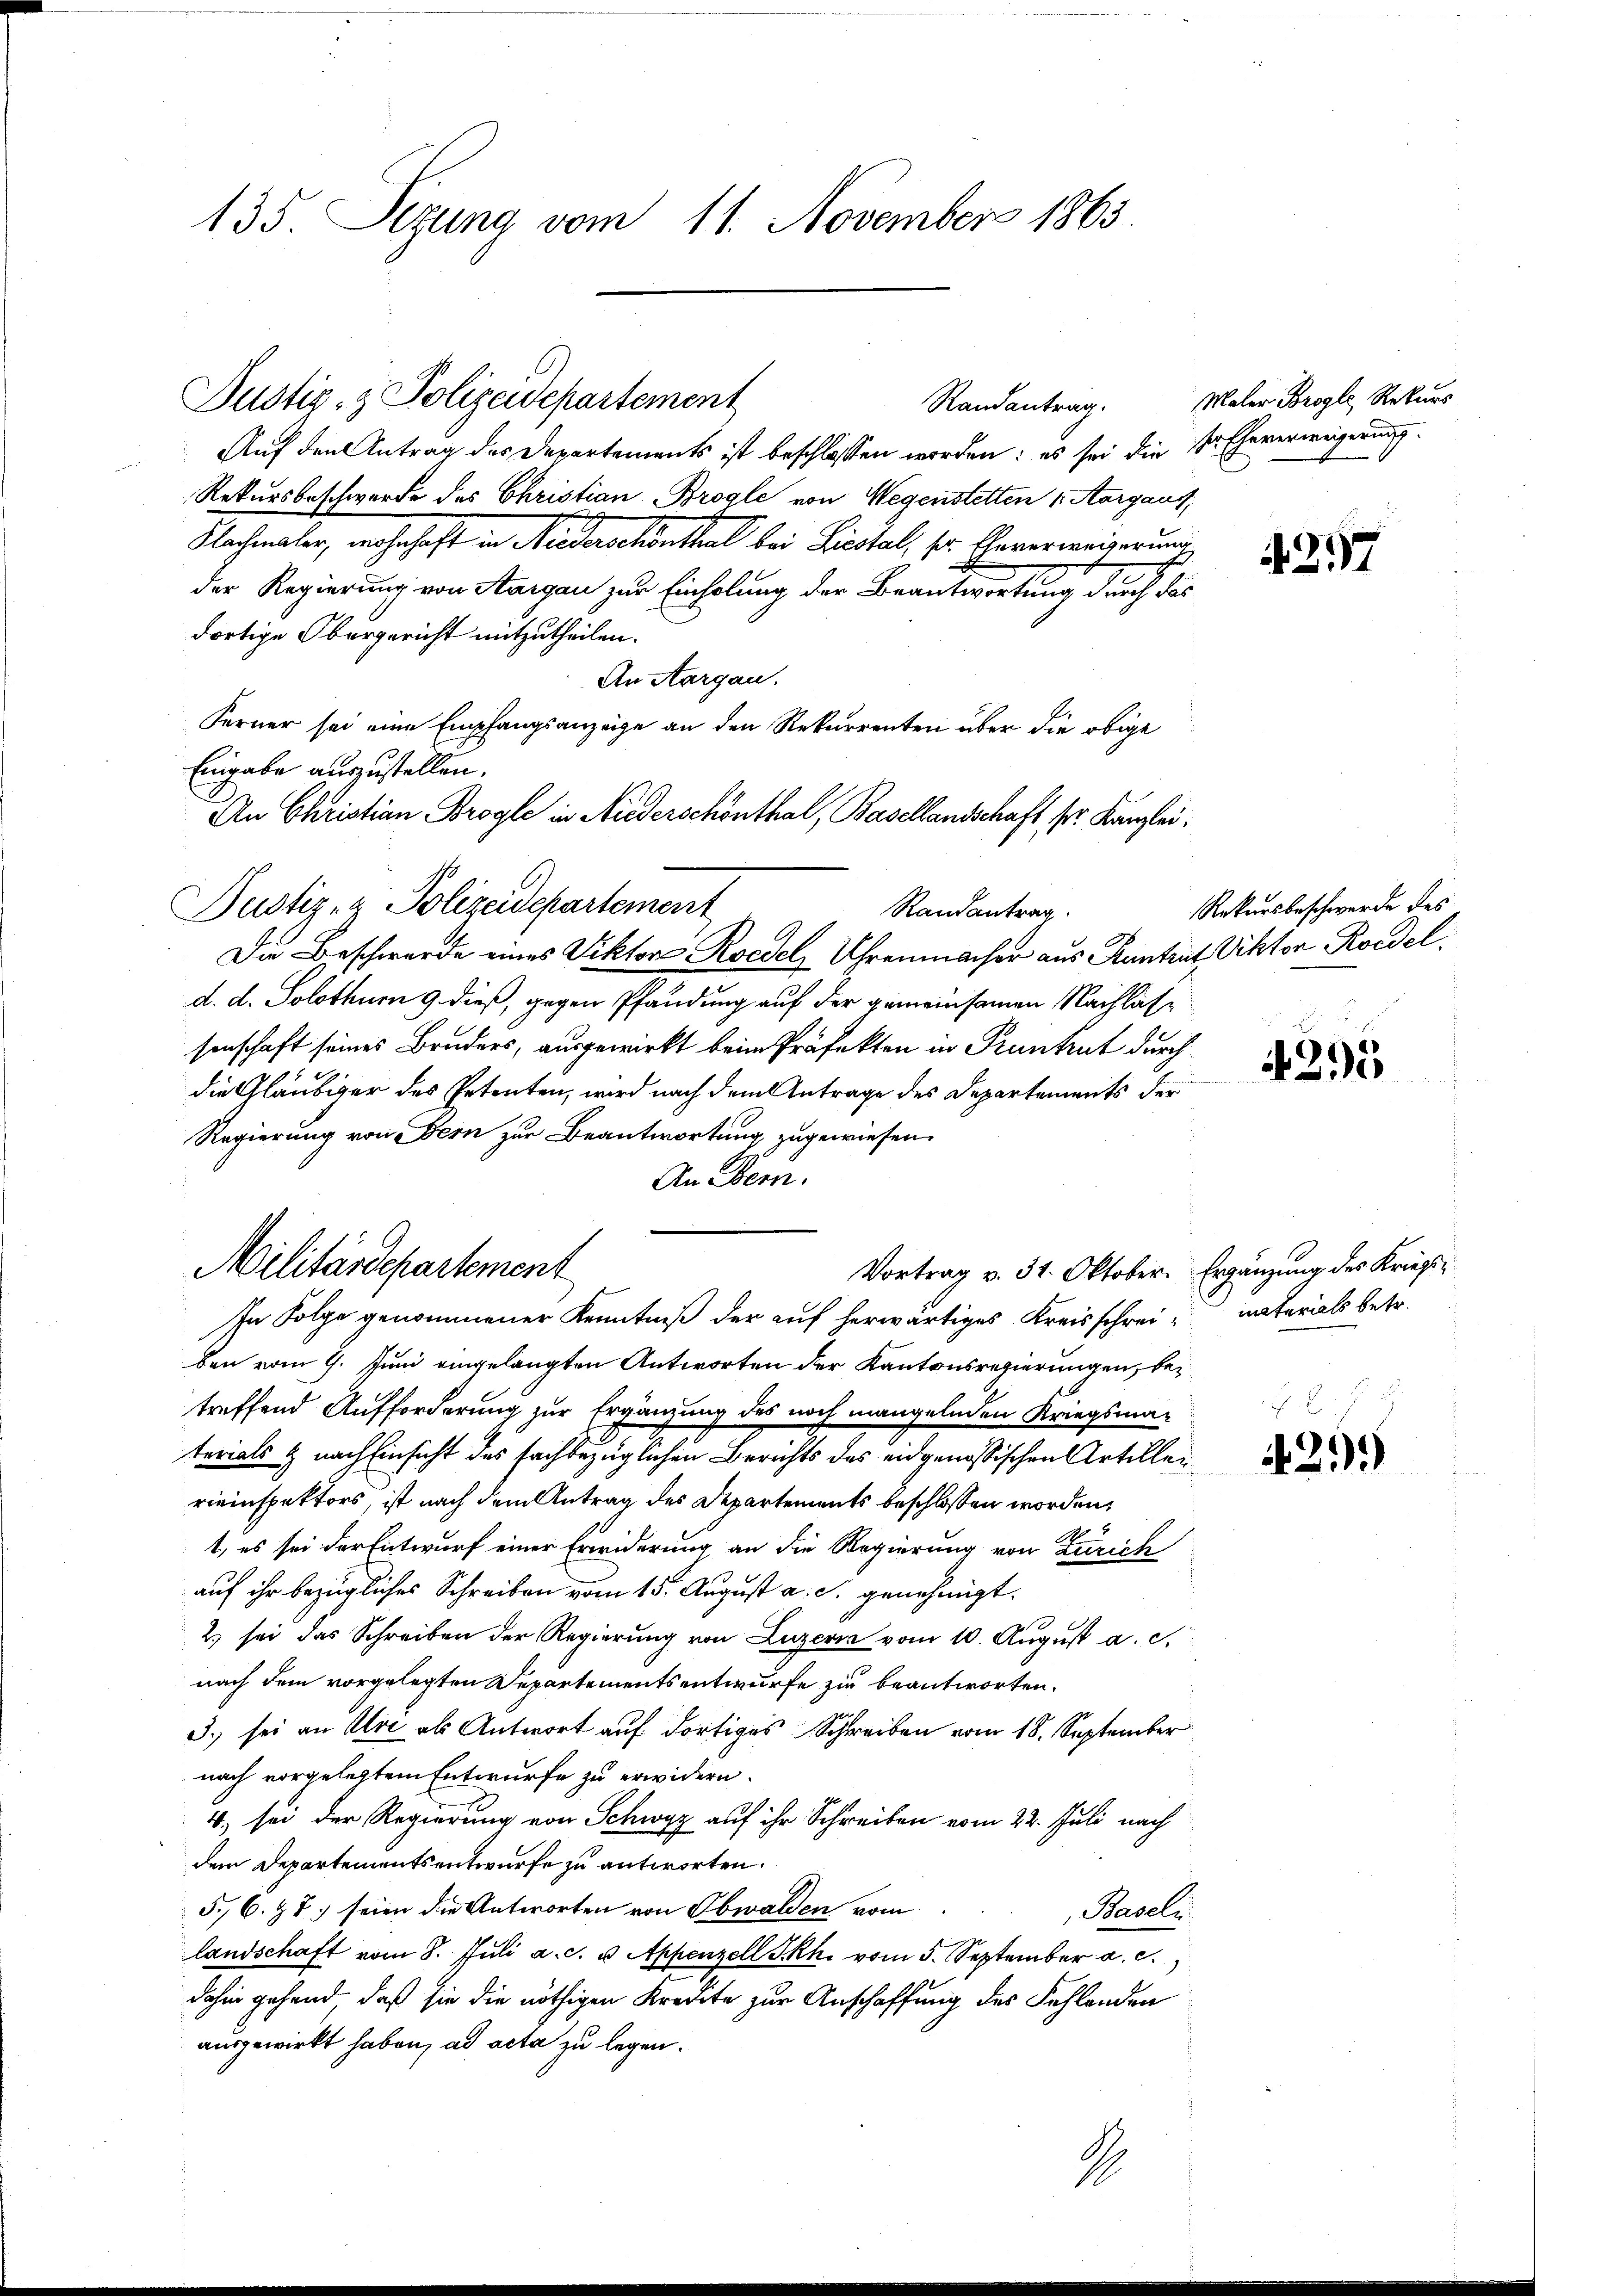
135. Setzung vom 11. November 1863.

Justiz- & Polizeidepartement
Randantrag.

Auf den Antrag der Departements ist beschlossen worden: es sei die Sr. Eheverweigerung
Rekursbeschwerde des Christian Brogle von Wegenstetten 1. Aargaus,
Nachmitter, nachschaft in Redankenthal bei Leistal, sr. Genermeinerung
der Regierung von Aargau zur Einholung der Brantwortung durch das
dortige Obergericht mitzutheilen.
An Aargau.
Ferner sei eine Empfangsanzeige an den Rekurrenten über die obige
Eingabe auszustellen.
An Christian Brogle in Niederschönthal, Basellandschaft, sr. Kanzlei.
Die Beschwerde eines Viktor Roedel Uhrenmacher aus Kantral Viktor Roidel.
d. d. Solothurn 9. dieß, gegen Pfandung auf der gemeinsamen Nachlässenschaft seines Bruders, ausgewirkt beim Präfekten in Pruntrut durch
die Gläubiger des Petenten, wird nach dem Antrage des Departements der
Regierung von Fern zur Beantwortung zugewiesen.
An Bern.
Vortrag v. 31. Oktober.
ben vom 9. Juni eingelangten Antworten der Kantonsregierungen, bei
treffend Aufforderung zur Ergänzung des noch mangelnden Kriegsma-
terials & nach Einsicht des fachbezüglichen Berichts des eidgenössischen Artillei
rieinspektors ist nach dem Antrag des Departements beschlossen worden,
t, es sei der Entwurf einer Erwiderung an die Regierung von Zürich
auf ihr bezügliches Schreiben vom 15. August a. c. genehmigt.
2) sei das Schreiben der Regierung von Luzern vom 10. August a. c.
nach dem vorgelegten Departementsentwurfe zu beantworten.
3.) sei an Art als Antwort auf dortiges Schreiben vom 18. September
nach vorgelegtem Entwurfe zu erwidern.
4) sei der Regierung von Schwyz auf ihr Schreiben vom 22. Juli nach
dem Departementsentwurfe zu antworten.
5.6. Zt. seien die Antworten von Obwalden vom
Baseln.
landschaft vom 8. Jŭli a. c. u Appenzell Skh. vom 5. September a. c.
dahin gehend, daß sie die nöthigen Kredite zur Anschaffung des Fehlenden
ausgewirkt haben, ad acta zu legen.

Pustiz- & Polizeidepartement

Militärdepartement
In Folge genommener Kenntniß der auf herwärtiges Kreisschrei¬

Randantrag

A

Maler Brogli, Rekurs

4257

Rekursbeschwerde des

4395

Ergänzung des Kriesmaterials betr.

25.